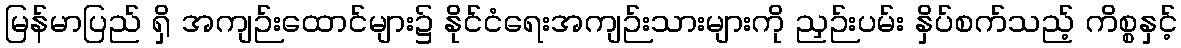
မြန်မာပြည် ရှိ အကျဉ်းထောင်များ၌ နိုင်ငံရေးအကျဉ်းသားများကို ညှဉ်းပမ်း နှိပ်စက်သည့် ကိစ္စနှင့်